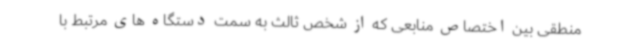
منطقی بین اختصاص منابعی که از شخص ثالث به سمت دستگاه های مرتبط با